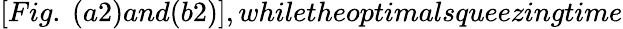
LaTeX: [Fig.~(a2)and(b2)],whiletheoptimalsqueezingtime